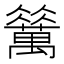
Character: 𱵻